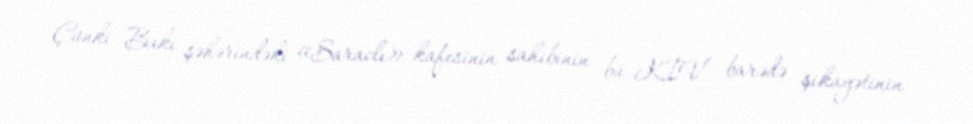
Çünki Bakı şəhərindəki «Saraclı» kafesinin sahibinin bu KİV barədə şikayətinin